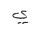
Letter: _ya